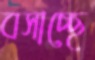
বসাচ্ছে